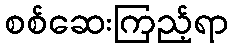
စစ်ဆေးကြည့်ရာ